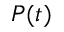
P ( t )